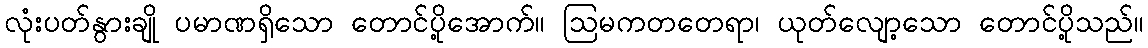
လုံးပတ်နွားချို ပမာဏရှိသော တောင်ပို့အောက်။ ဩမကတတေရာ၊ ယုတ်လျော့သော တောင်ပို့သည်။